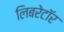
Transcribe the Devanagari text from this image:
लिबरेटॉर